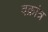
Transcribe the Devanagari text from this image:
वक्रांत्र